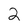
Character: 2